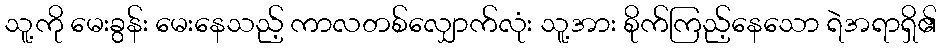
သူ့ကို မေးခွန်း မေးနေသည့် ကာလတစ်လျှောက်လုံး သူ့အား စိုက်ကြည့်နေသော ရဲအရာရှိ၏